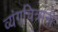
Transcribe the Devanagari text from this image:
व्यंगचित्रांनी